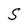
Character: t